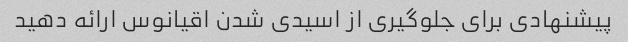
پیشنهادی برای جلوگیری از اسیدی شدن اقیانوس ارائه دهید